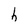
Character: h